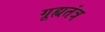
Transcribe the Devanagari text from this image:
गूह्यतंत्र